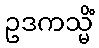
ဥဒကသ္မိံ